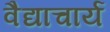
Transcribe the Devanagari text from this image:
वैद्याचार्य